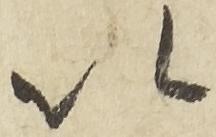
以